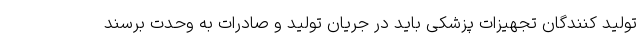
تولید کنندگان تجهیزات پزشکی باید در جریان تولید و صادرات به وحدت برسند